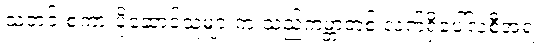
သတင်းစကားပို့ဆောင်သူများက သည်ကမ္ဘာတစ် လက်ရှိပေါ်လစီအရ